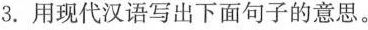
3. 用现代汉语写出下面句子的意思。